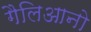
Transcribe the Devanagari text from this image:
गैलिआनो